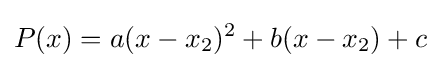
P(x)=a(x-x_{2})^{2}+b(x-x_{2})+c